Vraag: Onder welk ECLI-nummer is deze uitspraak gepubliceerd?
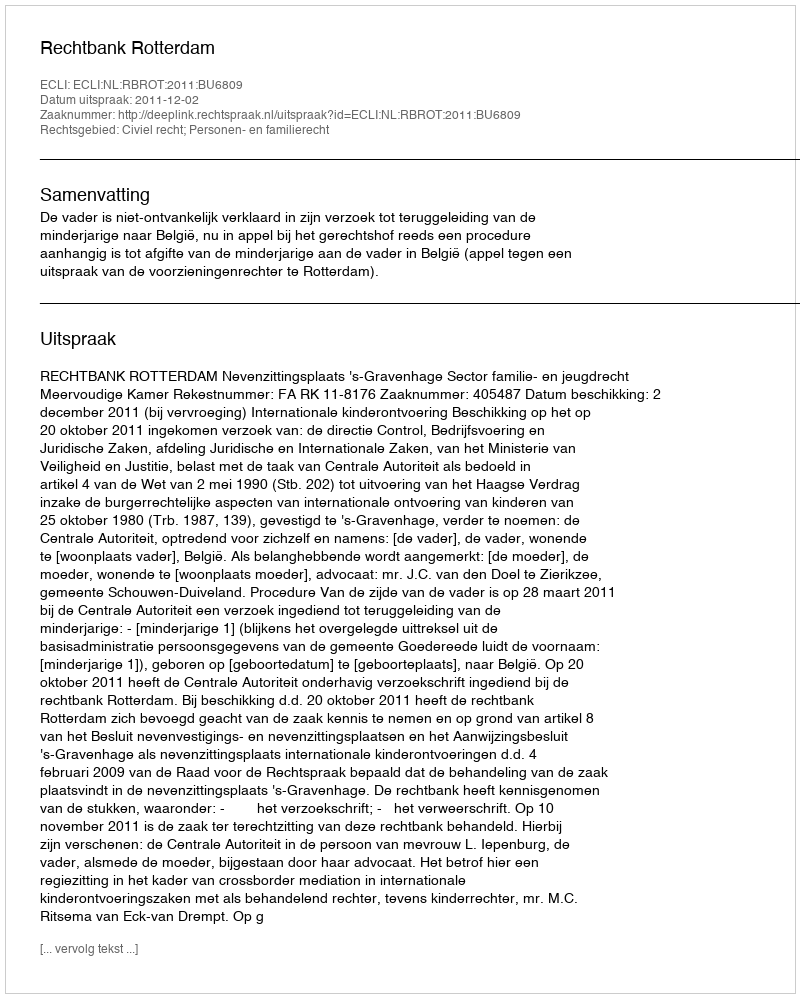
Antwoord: ECLI:NL:RBROT:2011:BU6809